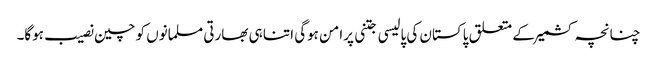
چنانچہ کشمیرکے متعلق پاکستان کی پالیسی جتنی پرامن ہوگی اتنا ہی بھارتی مسلمانوں کو چین نصیب ہوگا۔